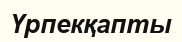
Үрпекқапты